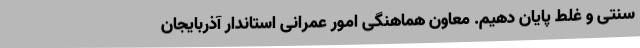
سنتی و غلط پایان دهیم. معاون هماهنگی امور عمرانی استاندار آذربایجان